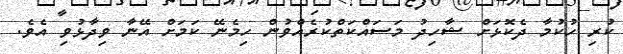
ކުރި ހުކުމާ ދެކޮޅަށް ޝާހިދު މަސައްކަތްކުރެއްވުން ހިމެނޭ ކަމަށް އޭނާ ވިދާޅުވި އެވެ.